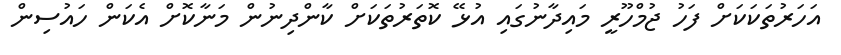
އަހަރުތަކަކަށް ފަހު ޖުމްހޫރީ މައިދާނުގައި އުޅޭ ކޮތަރުތަކަށް ކާންދިނުން މަނާކޮށް އެކަން ހަައުސިން